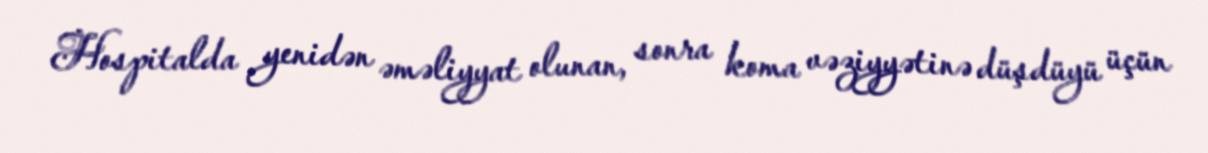
Hospitalda yenidən əməliyyat olunan, sonra koma vəziyyətinə düşdüyü üçün